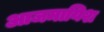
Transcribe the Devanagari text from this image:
आजमायिश